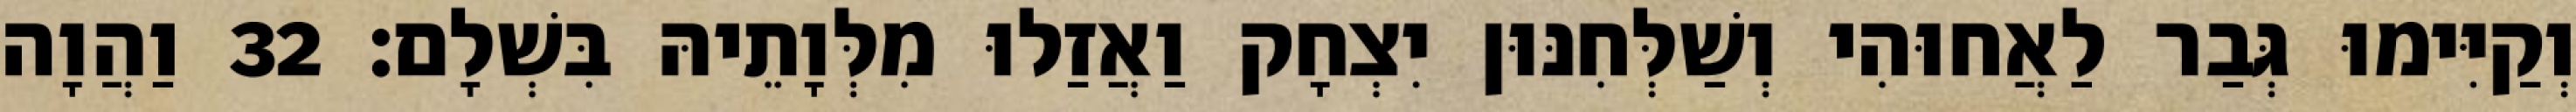
וְקַיִּימוּ גְּבַר לַאֲחוּהִי וְשַׁלְּחִנּוּן יִצְחָק וַאֲזַלוּ מִלְּוָתֵיהּ בִּשְׁלָם׃ 32 וַהֲוָה